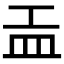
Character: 𥁁